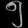
Digit: ၅